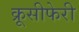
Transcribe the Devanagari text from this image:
क्रूसीफेरी